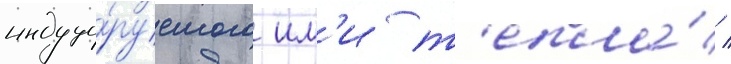
индуци́руемого им'и т'епла́ /